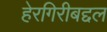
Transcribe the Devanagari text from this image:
हेरगिरीबद्दल